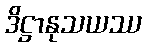
ဒိဋ္ဌာနုသယဿ